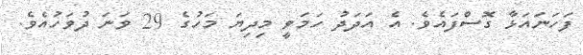
ފަހަނައަޅާ ގޮސްފައެވެ. އެ އަދަދު ހަމަވީ މިދިޔަ މަހުގެ 29 ވަނަ ދުވަހުއެވެ.